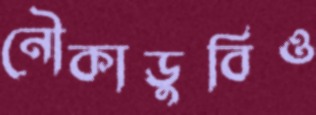
নৌকাডুবিও